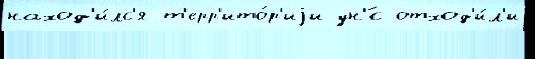
наход'и́лс'я т'ерр'ито́р'иjи ун'́с отход'и́л'и